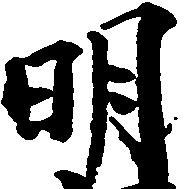
明